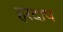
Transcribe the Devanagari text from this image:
हरदाप